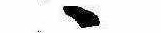
ゝ